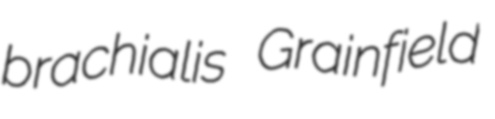
brachialis Grainfield